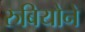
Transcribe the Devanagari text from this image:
रुबियोने